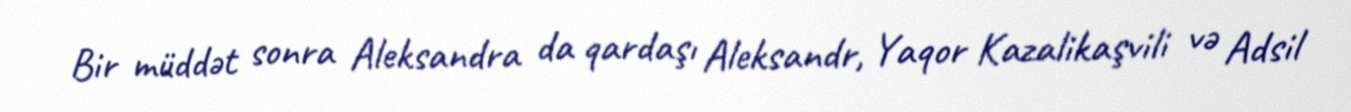
Bir müddət sonra Aleksandra da qardaşı Aleksandr, Yaqor Kazalikaşvili və Adsil